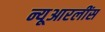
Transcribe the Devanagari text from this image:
न्यूआरलींस